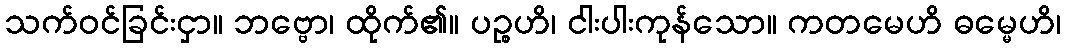
သက်ဝင်ခြင်းငှာ။ ဘဗ္ဗော၊ ထိုက်၏။ ပဉ္စဟိ၊ ငါးပါးကုန်သော။ ကတမေဟိ ဓမ္မေဟိ၊